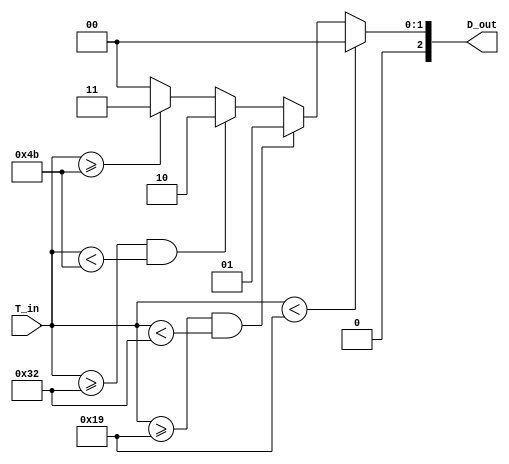
module thermal_encoder (
    input wire [7:0] T_in,       // 8-bit analog temperature input (simulated as digital)
    output reg [2:0] D_out       // 3-bit digital output representing temperature range
);

// Define reference temperature thresholds (in arbitrary units for simulation)
localparam THRESHOLD1 = 8'd25; // 25C
localparam THRESHOLD2 = 8'd50; // 50C
localparam THRESHOLD3 = 8'd75; // 75C

always @(*) begin
    // Default output
    D_out = 3'b000;

    // Comparator logic to set D_out based on the T_in value
    if (T_in < THRESHOLD1) begin
        D_out = 3'b000; // Below 25C
    end else if (T_in >= THRESHOLD1 && T_in < THRESHOLD2) begin
        D_out = 3'b001; // 25C to 49C
    end else if (T_in >= THRESHOLD2 && T_in < THRESHOLD3) begin
        D_out = 3'b010; // 50C to 74C
    end else if (T_in >= THRESHOLD3) begin
        D_out = 3'b011; // Above 75C
    end
end

endmodule